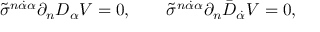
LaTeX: \tilde { \sigma } ^ { n \dot { \alpha } \alpha } \partial _ { n } D _ { \alpha } V = 0 , \qquad \tilde { \sigma } ^ { n \dot { \alpha } \alpha } \partial _ { n } \bar { D } _ { \dot { \alpha } } V = 0 ,